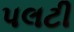
પલટી